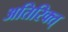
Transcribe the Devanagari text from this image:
अतिरिक्त्